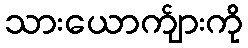
သားယောက်ျားကို